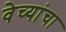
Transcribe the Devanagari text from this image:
वेच्यांचा